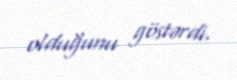
olduğunu göstərdi.